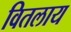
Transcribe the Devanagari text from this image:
वितलाय